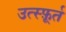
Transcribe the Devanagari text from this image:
उत्स्फ़ूर्त